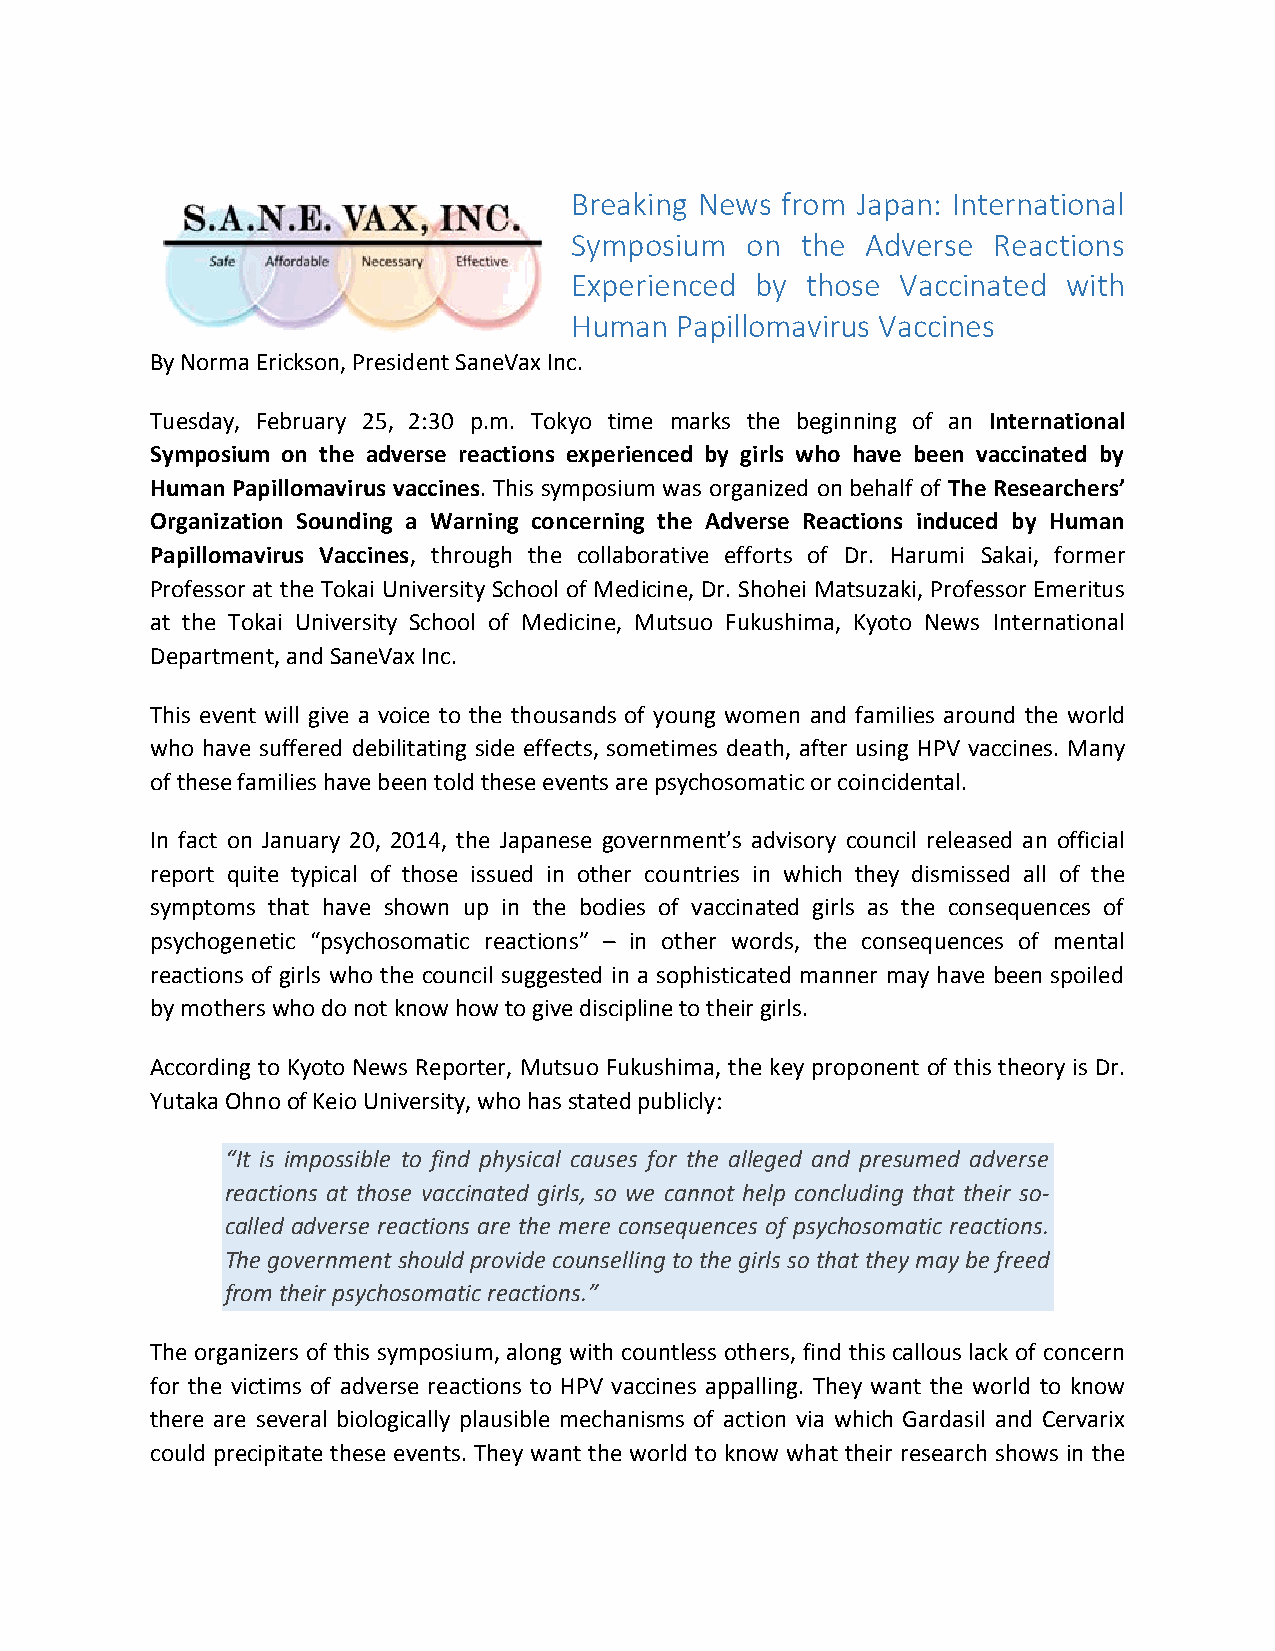
Breaking News from Japan: International
 Symposium  on  the Adverse  Reactions
 Experienced by those  Vaccinated with
 Human  Papillomavirus Vaccines
 By Norma Erickson, President SaneVax Inc.
 Tuesday, February 25, 2:30 p.m. Tokyo time marks the beginning of an International
 Symposium on the adverse reactions experienced by girls who have been vaccinated by
 Human Papillomavirus vaccines. This symposium was organized on behalf of The Researchers’
 Organization Sounding a Warning concerning the Adverse Reactions induced by Human
 Papillomavirus Vaccines, through the collaborative efforts of Dr. Harumi Sakai, former
 Professor at the Tokai University School of Medicine, Dr. Shohei Matsuzaki, Professor Emeritus
 at the Tokai University School of Medicine, Mutsuo Fukushima, Kyoto News International
 Department, and SaneVax Inc.
 This event will give a voice to the thousands of young women and families around the world
 who have suffered debilitating side effects, sometimes death, after using HPV vaccines. Many
 of these families have been told these events are psychosomatic or coincidental.
 In fact on January 20, 2014, the Japanese government’s advisory council released an official
 report quite typical of those issued in other countries in which they dismissed all of the
 symptoms that have shown up in the bodies of vaccinated girls as the consequences of
 psychogenetic “psychosomatic reactions” – in other words, the consequences of mental
 reactions of girls who the council suggested in a sophisticated manner may have been spoiled
 by mothers who do not know how to give discipline to their girls.
 According to Kyoto News Reporter, Mutsuo Fukushima, the key proponent of this theory is Dr.
 Yutaka Ohno of Keio University, who has stated publicly:
 “It is impossible to find physical causes for the alleged and presumed adverse
 reactions at those vaccinated girls, so we cannot help concluding that their so-
 called adverse reactions are the mere consequences of psychosomatic reactions.
 The government should provide counselling to the girls so that they may be freed
 from their psychosomatic reactions.”
 The organizers of this symposium, along with countless others, find this callous lack of concern
 for the victims of adverse reactions to HPV vaccines appalling. They want the world to know
 there are several biologically plausible mechanisms of action via which Gardasil and Cervarix
 could precipitate these events. They want the world to know what their research shows in the